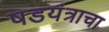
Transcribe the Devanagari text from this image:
षडयंत्राचा